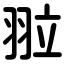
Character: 翋